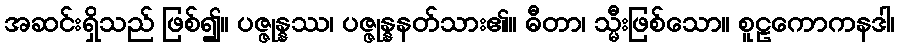
အဆင်းရှိသည် ဖြစ်၍။ ပဇ္ဇုန္နဿ၊ ပဇ္ဇုန္နနတ်သား၏။ ဓီတာ၊ သ္မီးဖြစ်သော။ စူဠကောကနဒါ၊